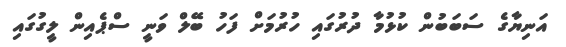
އަނިޔާގެ ސަބަބުން ކުޅުމާ ދުރުގައި ހުރުމަށް ފަހު ބޭލް ވަނީ ސްޕެއިން ލީގުގައި